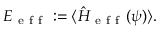
E _ { \mathrm { ~ e ~ f ~ f ~ } } : = \langle \hat { H } _ { \mathrm { ~ e ~ f ~ f ~ } } ( \psi ) \rangle .